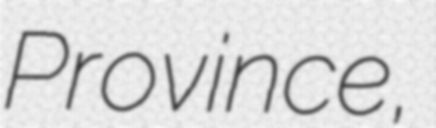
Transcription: Province,